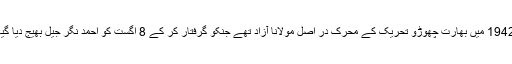
1942 میں بھارت چھوڑو تحریک کے محرک در اصل مولانا آزاد تھے جنکو گرفتار کر کے 8 اگست کو احمد نگر جیل بھیج دیا گیا۔